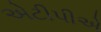
એટીપીએ